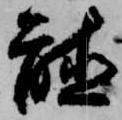
聴